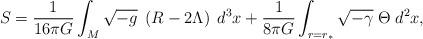
LaTeX: \begin{align*}S = \frac{1}{16\pi G}\int_M \sqrt{-g}\;\left(R-2\Lambda\right) \;d^3x+ \frac{1}{8\pi G}\int_{r=r_\ast}\sqrt{-\gamma}\;\Theta \;d^2x,\end{align*}